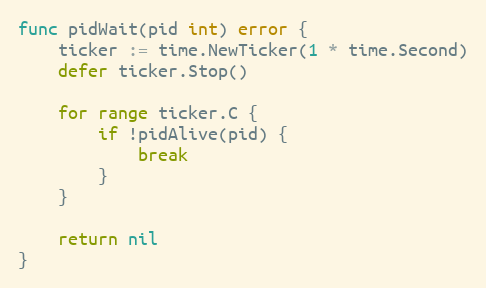
Language: Go
func pidWait(pid int) error {
	ticker := time.NewTicker(1 * time.Second)
	defer ticker.Stop()

	for range ticker.C {
		if !pidAlive(pid) {
			break
		}
	}

	return nil
}